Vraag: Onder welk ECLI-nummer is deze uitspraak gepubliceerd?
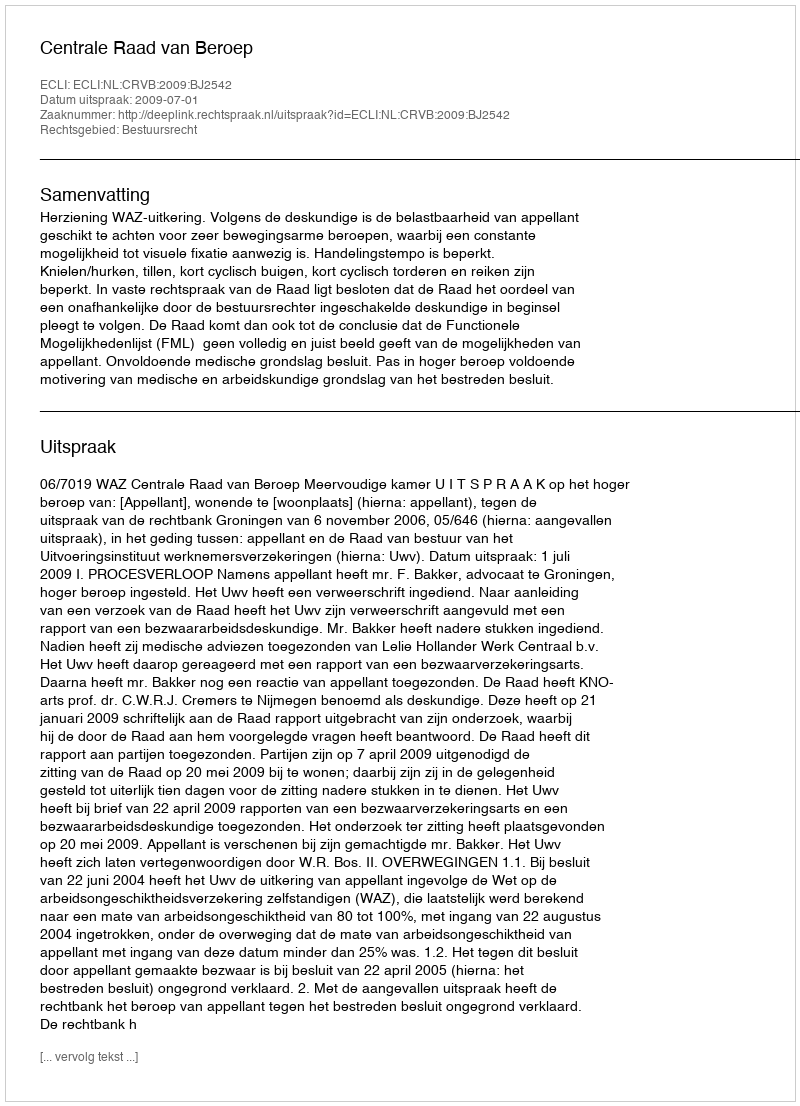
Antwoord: ECLI:NL:CRVB:2009:BJ2542